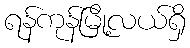
ရန်ကုန်မြို့လယ်ရှိ